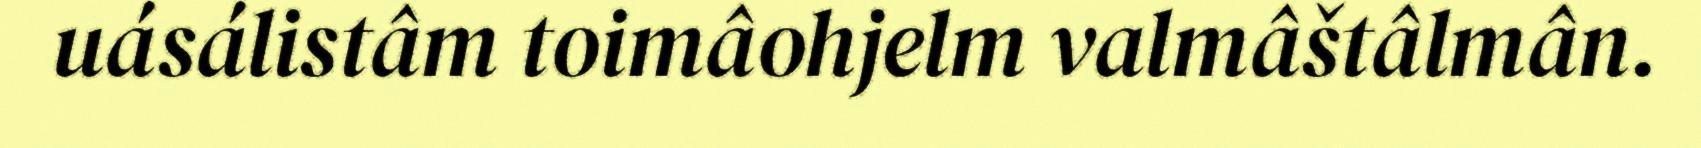
uásálistâm toimâohjelm valmâštâlmân.